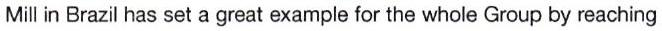
Mill in Brazil has set a great example for the whole Group by reaching